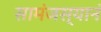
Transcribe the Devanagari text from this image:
सामंजस्यानं